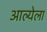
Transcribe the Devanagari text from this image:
आल्येला